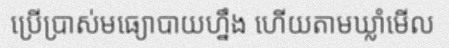
ប្រើប្រាស់មធ្យោបាយហ្នឹង ហើយតាមឃ្លាំមើល